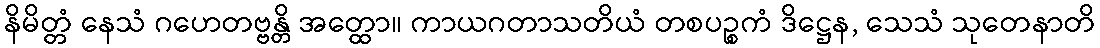
နိမိတ္တံ နေသံ ဂဟေတဗ္ဗန္တိ အတ္ထော။ ကာယဂတာသတိယံ တစပဉ္စကံ ဒိဋ္ဌေန, သေသံ သုတေနာတိ